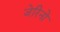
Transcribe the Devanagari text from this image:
जेरिनो